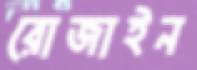
রোজাইন